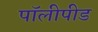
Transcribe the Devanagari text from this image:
पॉलीपीड